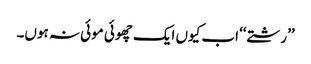
’’رشتے‘‘ اب کیوں ایک چھوئی موئی نہ ہوں۔